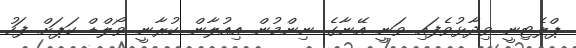
ޕްލެޓިނީ ވިދާޅުވެފައި ވަނީ އޭނާގެ ނިންމުން އިއުލާން ކުރާނީ ވޯލްޑް ކަޕަށް ފަހު